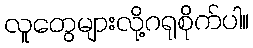
လူတွေများလို့ဂရုစိုက်ပါ။